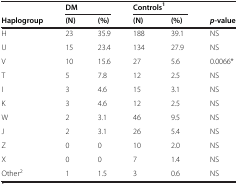
<table><thead><tr><td><b> </b></td><td colspan="2"><b>DM</b></td><td colspan="2"><b>Controls<sup>1</sup></b></td><td><b> </b></td></tr><tr><td><b>Haplogroup</b></td><td><b>(N)</b></td><td><b>(%)</b></td><td><b>(N)</b></td><td><b>(%)</b></td><td><b><i>p</i>-value</b></td></tr></thead><tbody><tr><td>H</td><td>23</td><td>35.9</td><td>188</td><td>39.1</td><td>NS</td></tr><tr><td>U</td><td>15</td><td>23.4</td><td>134</td><td>27.9</td><td>NS</td></tr><tr><td>V</td><td>10</td><td>15.6</td><td>27</td><td>5.6</td><td>0.0066*</td></tr><tr><td>T</td><td>5</td><td>7.8</td><td>12</td><td>2.5</td><td>NS</td></tr><tr><td>I</td><td>3</td><td>4.6</td><td>15</td><td>3.1</td><td>NS</td></tr><tr><td>K</td><td>3</td><td>4.6</td><td>12</td><td>2.5</td><td>NS</td></tr><tr><td>W</td><td>2</td><td>3.1</td><td>46</td><td>9.5</td><td>NS</td></tr><tr><td>J</td><td>2</td><td>3.1</td><td>26</td><td>5.4</td><td>NS</td></tr><tr><td>Z</td><td>0</td><td>0</td><td>10</td><td>2.0</td><td>NS</td></tr><tr><td>X</td><td>0</td><td>0</td><td>7</td><td>1.4</td><td>NS</td></tr><tr><td>Other<sup>2</sup></td><td>1</td><td>1.5</td><td>3</td><td>0.6</td><td>NS</td></tr></tbody></table>